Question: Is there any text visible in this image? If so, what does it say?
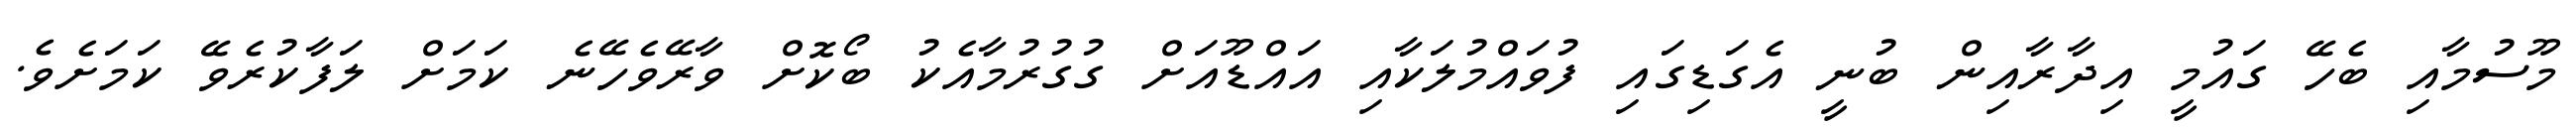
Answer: މޫސުމާއި ބެހޭ ގައުމީ އިދާރާއިން ބުނީ އެގަޑިގައި ފުވައްމުލަކާއި އައްޑޫއަށް ގުގުރުމާއެކު ބޯކޮށް ވާރޭވެހޭނެ ކަމަށް ލަފާކުރެވޭ ކަމަށެވެ.